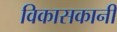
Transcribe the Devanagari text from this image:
विकासकानी